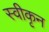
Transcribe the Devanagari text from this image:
स्वीकृन